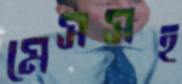
মেসসহ